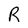
Character: R